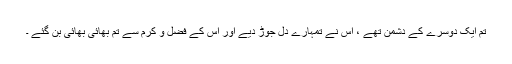
تم ایک دوسرے کے دشمن تھے ، اس نے تمہارے دل جوڑ دیے اور اس کے فضل و کرم سے تم بھائی بھائی بن گئے ۔